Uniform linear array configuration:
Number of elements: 16
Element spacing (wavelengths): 0.75
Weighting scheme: hann
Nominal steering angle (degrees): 30
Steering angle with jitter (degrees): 31.339
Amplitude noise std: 0.05
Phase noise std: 0.05

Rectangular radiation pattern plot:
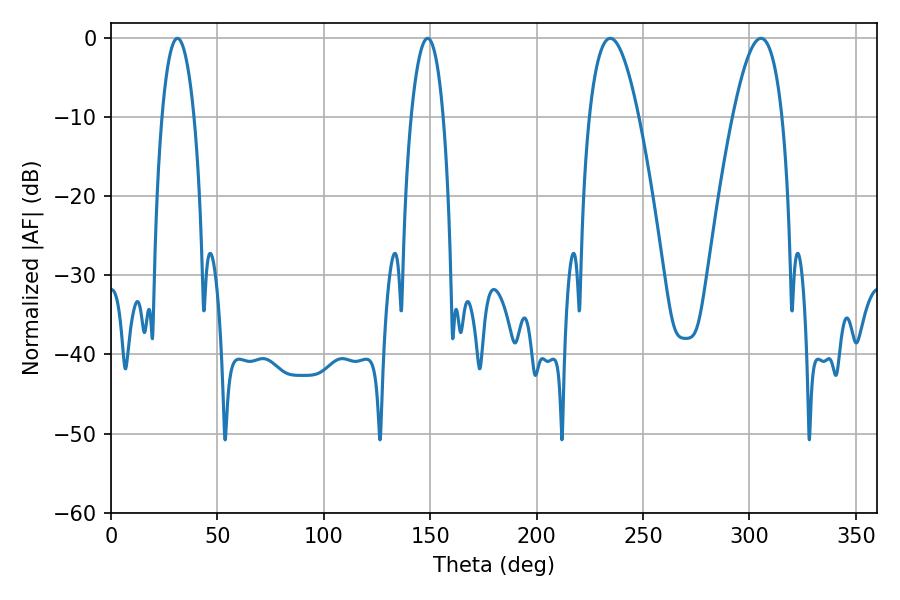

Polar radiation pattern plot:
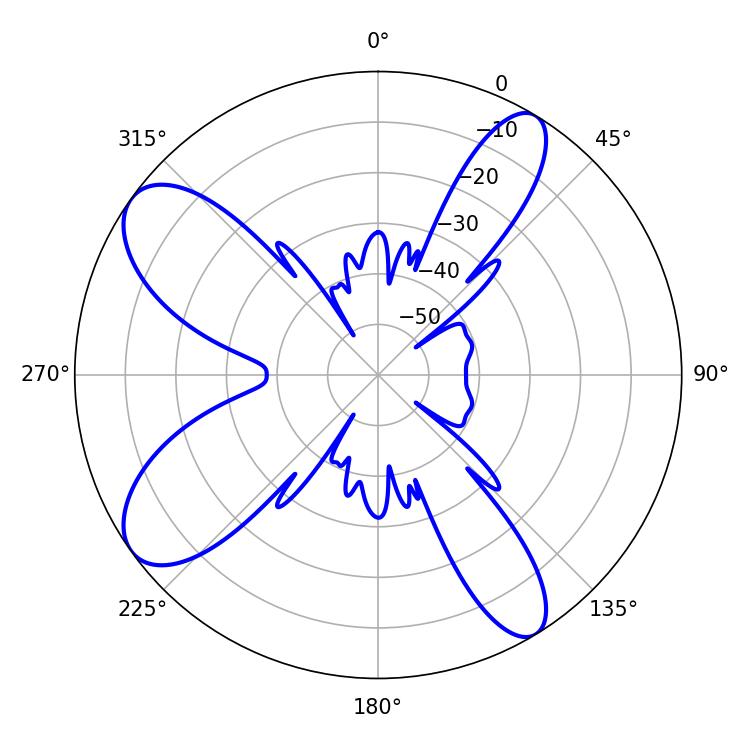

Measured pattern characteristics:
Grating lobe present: TRUE
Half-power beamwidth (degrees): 12.78
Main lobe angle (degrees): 234.54